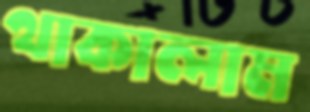
থাকালাম